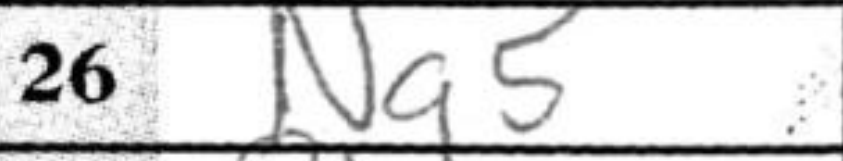
Transcription: Ng5